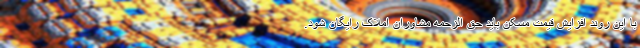
با این روند افزایش قیمت مسکن باید حق الزحمه مشاوران املاک رایگان شود.